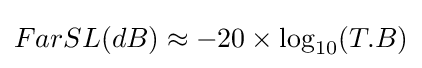
FarSL(dB)\approx -20\times \log _{\text{10}}(T.B)